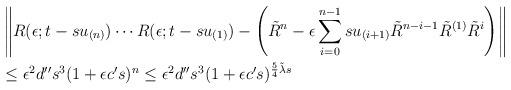
LaTeX: \begin{align*}& \left\| R(\epsilon;t-s u_{(n)})\cdots R(\epsilon;t-su_{(1)}) -\left(\tilde{R}^n - \epsilon\sum_{i=0}^{n-1}s u_{(i+1)}\tilde{R}^{n-i-1}\tilde{R}^{(1)}\tilde{R}^{i}\right) \right\| \\& \le \epsilon^2d''s^3(1+\epsilon c's)^n \le \epsilon^2 d'' s^3(1+\epsilon c's)^{\frac{5}{4}\tilde{\lambda}s}\end{align*}